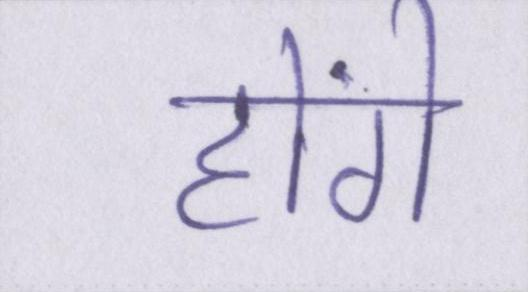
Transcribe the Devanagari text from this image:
होंगे